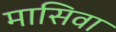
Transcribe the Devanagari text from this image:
मासिवा